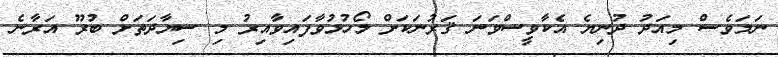
ނަމަވެސް މިއަދު ދުނިޔެ އެކާވީސްވަނަ ޤަރުނަކަށް ލޯހުޅުވާފައިވާއިރު މި ސިޔާދަތަށް ބުރޫ އަރާނެ